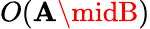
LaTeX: O(\mathbf{A}\midB)